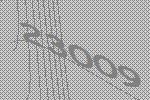
23009